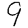
Digit: 9